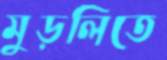
মুড়লিতে